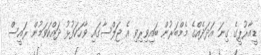
ޑީއާރުޕީގެ ގިނަ އަދަދެއްގެ މެމްބަރުން ބައިވިރިވި އެ ޖަލްސާގައި ވާހަކަފުޅު ދައްކަވަމުން ރައީސް